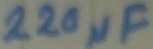
Text: 220µF